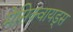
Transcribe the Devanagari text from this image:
मेसिक्वायड्स